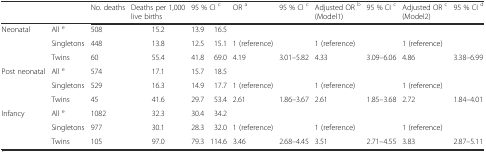
<table><thead><tr><td colspan="2"></td><td><b>No. deaths</b></td><td><b>Deaths per 1,000 live births</b></td><td colspan="2"><b>95 % CI <sup>c</sup></b></td><td><b>OR <sup>a</sup></b></td><td><b>95 % CI <sup>c</sup></b></td><td><b>Adjusted OR <sup>b</sup> (Model1)</b></td><td><b>95 % CI <sup>c</sup></b></td><td><b>Adjusted OR <sup>c</sup> (Model2)</b></td><td><b>95 % CI <sup>d</sup></b></td></tr></thead><tbody><tr><td rowspan="3">Neonatal</td><td>All <sup>e</sup></td><td>508</td><td>15.2</td><td>13.9</td><td>16.5</td><td></td><td></td><td></td><td></td><td></td><td></td></tr><tr><td>Singletons</td><td>448</td><td>13.8</td><td>12.5</td><td>15.1</td><td>1 (reference)</td><td></td><td>1 (reference)</td><td></td><td>1 (reference)</td><td></td></tr><tr><td>Twins</td><td>60</td><td>55.4</td><td>41.8</td><td>69.0</td><td>4.19</td><td>3.01–5.82</td><td>4.33</td><td>3.09–6.06</td><td>4.86</td><td>3.38–6.99</td></tr><tr><td rowspan="3">Post neonatal</td><td>All <sup>e</sup></td><td>574</td><td>17.1</td><td>15.7</td><td>18.5</td><td></td><td></td><td></td><td></td><td></td><td></td></tr><tr><td>Singletons</td><td>529</td><td>16.3</td><td>14.9</td><td>17.7</td><td>1 (reference)</td><td></td><td>1 (reference)</td><td></td><td>1 (reference)</td><td></td></tr><tr><td>Twins</td><td>45</td><td>41.6</td><td>29.7</td><td>53.4</td><td>2.61</td><td>1.86–3.67</td><td>2.61</td><td>1.85–3.68</td><td>2.72</td><td>1.84–4.01</td></tr><tr><td rowspan="3">Infancy</td><td>All <sup>e</sup></td><td>1082</td><td>32.3</td><td>30.4</td><td>34.2</td><td></td><td></td><td></td><td></td><td></td><td></td></tr><tr><td>Singletons</td><td>977</td><td>30.1</td><td>28.3</td><td>32.0</td><td>1 (reference)</td><td></td><td>1 (reference)</td><td></td><td>1 (reference)</td><td></td></tr><tr><td>Twins</td><td>105</td><td>97.0</td><td>79.3</td><td>114.6</td><td>3.46</td><td>2.68–4.45</td><td>3.51</td><td>2.71–4.55</td><td>3.83</td><td>2.87–5.11</td></tr></tbody></table>